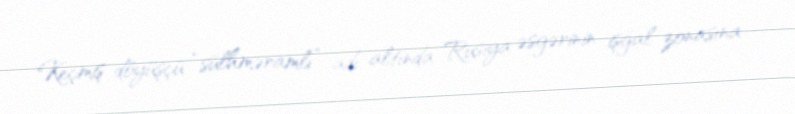
Keçmiş döyüşçü “sülhməramlı” adı altında Rusiya əsgərinin işğal zonasına